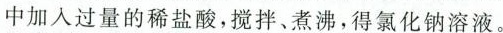
中加入过量的稀盐酸，搅拌、煮沸，得氯化钠溶液。